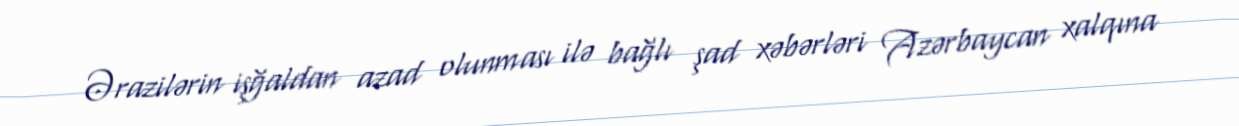
Ərazilərin işğaldan azad olunması ilə bağlı şad xəbərləri Azərbaycan xalqına